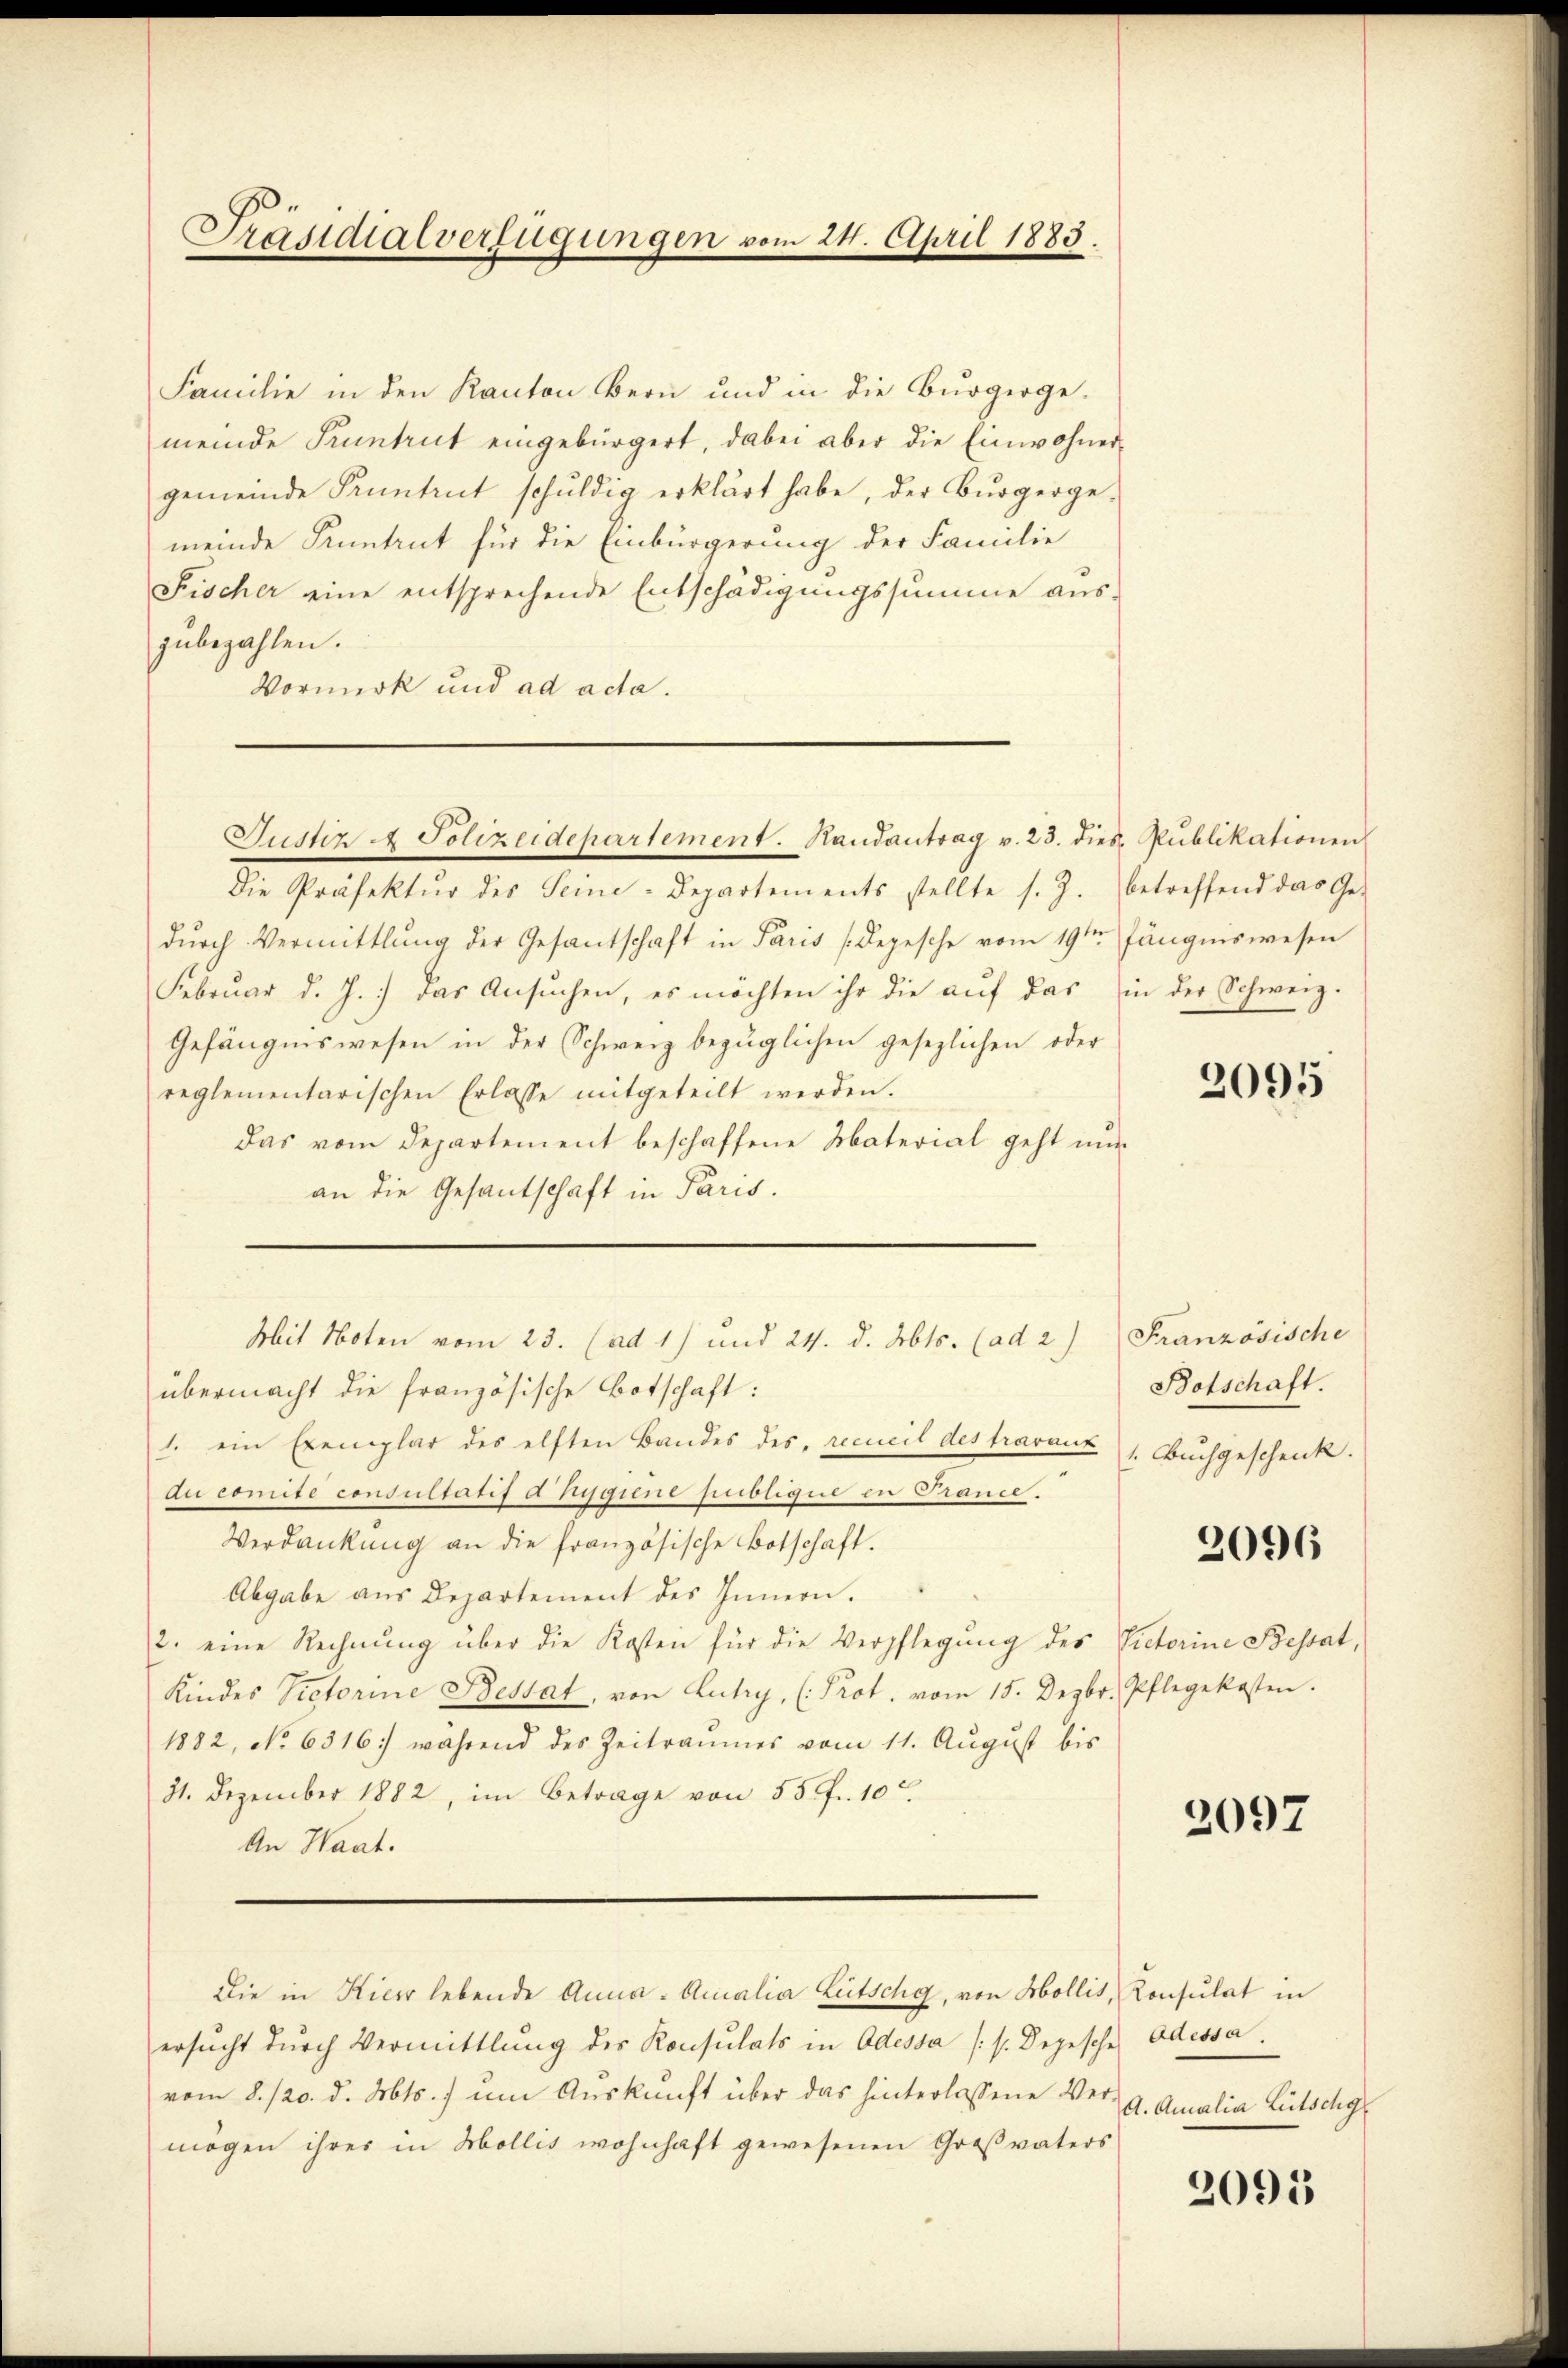
Präsidialverfügungen vom 24. April 1883.

Familie in den Kanton Bern und in die Burgergemeinde Pruntrut eingebürgert, dabei aber die Einwohner-
gemeinde Pruntrut schŭldig erklärt habe, der Bürgerge-
meinde Kuntrut für die Einbürgerung der Familie
Fischer eine entsprechende Entschädigungssumme auszubezahlen.
Vormerk und ad acta.
Die Präfektŭr des Seine-Departements stellte s. Z.
dŭrch Vermittlung der Gesantschaft in Paris Depesche vom 19te͇n Jängniswesen
Febrŭar d. J. das Ansŭchen, es möchten ihr die aŭf das in der Schweiz.
Gefängniswesen in der Schweiz bezüglichen gesezlichen oder
reglementarischen Erlasse mitgeteilt werden.
Das vom Departement beschaffene Material geht nun
an die Gesandschaft in Paris.
Mit Noten vom 23. (ad 1) und 24. d. Mts. (ad 2.)
übermacht die französische Botschaft:
1. ein Exemplar des elften Bandes des recueil des travauk
du comite consultatis a Hygiene publigiil in Trance.
Verdankung an die französische Botschaft.
Abgabe aus Departement des Innern.
2. eine Rechnŭng über die Kosten für die Verpflegŭng des Victorine Behat,
Kindes Victorine Bestat, von Lutry, (Prot. vom 15. Dezbr. Pflegekosten.
1882, No 6316. während des Zeitraumes vom 11. Aŭgŭst bis
31. Dezember 1882, im Betrage von 55 fr. 10
An Haat.
Die in Kier lebende Anna - Amalia Lütschg, von Mollis, Konsulat in
ersucht durch Vermittlung des Konsulats in Odessa (s. Depesche Adessa
vom 8./20. d. Mts. ) um Auskunft über das hinterlassene Ver-
mögen ihrer in Mollis wohnhaft gewesenen Großvaters

Justiz & Polizeidepartement. Handantrag v. 23. dies Publikationen

betreffend das Ge¬

2095

Französische
Botschaft.
1. Buchgeschenk.

2096

2097

A. Amalia Lütschg

2095